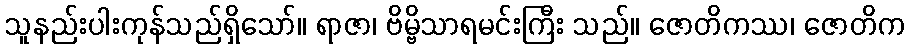
သူနည်းပါးကုန်သည်ရှိသော်။ ရာဇာ၊ ဗိမ္ဗိသာရမင်းကြီး သည်။ ဇောတိကဿ၊ ဇောတိက